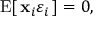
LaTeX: \operatorname { E } [ \, \mathbf { x } _ { i } \varepsilon _ { i } \, ] = 0 ,